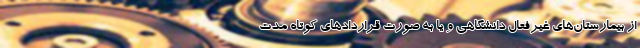
از بیمارستان‌های غیرفعال دانشگاهی و یا به صورت قراردادهای کوتاه مدت